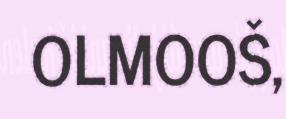
OLMOOŠ,